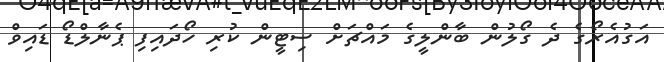
އަގުއެރޯގެ ދެ ގޯލުން ބާންލީގެ މައްޗަށް ސިޓީން ކުރި ހޯދައިފި ޕެނާލްޑޯ ޑައިވް